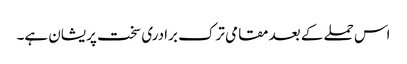
اس حملے کے بعد مقامی ترک برادری سخت پریشان ہے۔